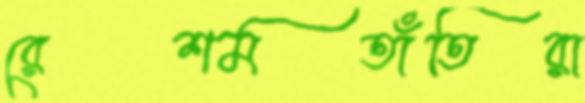
রেশমতাঁতিরা